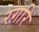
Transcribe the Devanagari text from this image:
रगरि